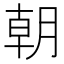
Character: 朝